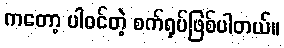
ကတော့ ပါဝင်တဲ့ စက်ရုပ်ဖြစ်ပါတယ်။